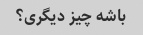
باشه چیز دیگری؟